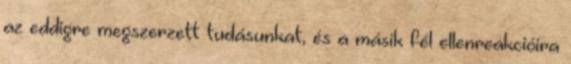
az eddigre megszerzett tudásunkat, és a másik fél ellenreakcióira